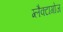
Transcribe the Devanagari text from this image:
ग्लैक्टागोज